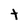
Character: t